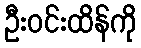
ဦးဝင်းထိန်ကို